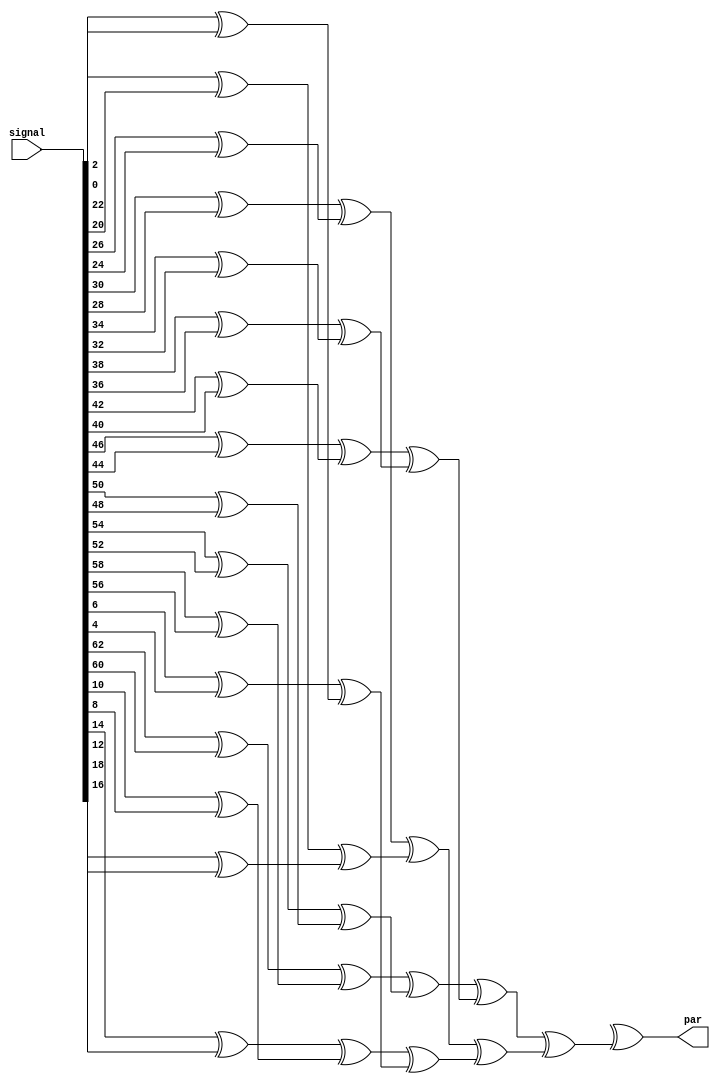
module xorTree #(
    parameter BIT_WIDTH = 6,
    parameter WIDTH = {1'b1, {BIT_WIDTH{1'b0}}}
) (
    input [WIDTH - 1 : 0] signal,
    output par 
);

genvar i, j;
generate
    for (i = 0; i <= BIT_WIDTH; i++) begin:xorTree
        wire [WIDTH / {1'b1, {i{1'b0}}} - 1 : 0] partialParity;
        for (j = 0; j < WIDTH / {1'b1, {i{1'b0}}}; j++) begin:some_name
            if (i == 0) begin
                assign partialParity[j] = signal[j];
            end
            else begin
                assign partialParity[j] = xorTree[i - 1].partialParity[2 * (j + 1)] ^ xorTree[i - 1].partialParity[2 * j];
            end
        end
    end
endgenerate

assign par = xorTree[BIT_WIDTH].partialParity[0];

endmodule